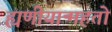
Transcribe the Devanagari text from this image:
ह्यणीयान्महतो